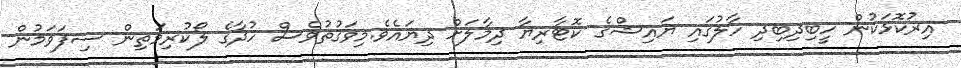
އިރުކޮޅަކުން ހީބިދިބިދި ހާލުގައި ޔައިޝްގެ ކޮޓާރިޔާ ދިމާލަށް ދިޔައެވެ.މިވަގުތުވެސް ހުދާގެ ލޯކުރިމަތިން ސިފަވަމުން